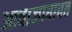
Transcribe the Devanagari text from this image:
आवाजाबाबत